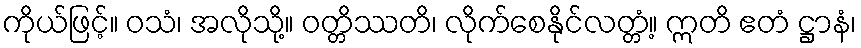
ကိုယ်ဖြင့်။ ဝသံ၊ အလိုသို့။ ဝတ္တိဿတိ၊ လိုက်စေနိုင်လတ္တံ့။ ဣတိ ဧတံ ဋ္ဌာနံ၊